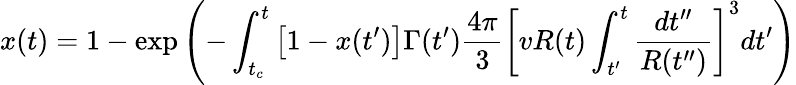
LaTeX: x(t)=1-\exp\left(-\int_{t_{c}}^{t}\left[1-x(t^{\prime})\right]\Gamma(t^{\prime})\frac{4\pi}{3}\left[vR(t)\int_{t^{\prime}}^{t}\frac{dt^{\prime\prime}}{R(t^{\prime\prime})}\right]^{3}dt^{\prime}\right)